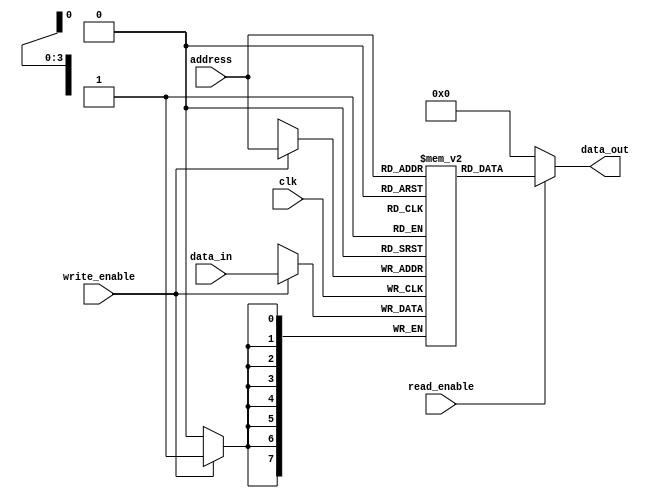
module parameterized_ram #(
    parameter DATA_WIDTH = 8,      // Width of each memory location in bits
    parameter ADDR_WIDTH = 4       // Number of address lines
) (
    input wire clk,                 // Clock signal
    input wire write_enable,        // Write enable signal
    input wire [ADDR_WIDTH-1:0] address, // Address input
    input wire [DATA_WIDTH-1:0] data_in, // Data input
    input wire read_enable,         // Read enable signal
    output reg [DATA_WIDTH-1:0] data_out // Data output
);

    // Calculate the depth of the memory
    localparam DEPTH = 1 << ADDR_WIDTH; // 2^ADDR_WIDTH

    // Memory array declaration
    reg [DATA_WIDTH-1:0] memory [0:DEPTH-1];

    // Synchronous write operation
    always @(posedge clk) begin
        if (write_enable) begin
            memory[address] <= data_in; // Write data to the specified address
        end
    end

    // Asynchronous read operation
    always @(*) begin
        if (read_enable) begin
            data_out = memory[address]; // Read data from the specified address
        end else begin
            data_out = {DATA_WIDTH{1'b0}}; // Default output when not reading
        end
    end

endmodule